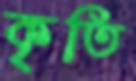
কৃতি